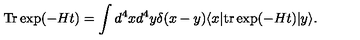
\mathrm { T r } \exp ( - H t ) = \int d ^ { 4 } x d ^ { 4 } y \delta ( x - y ) \langle x | \mathrm { t r } \exp ( - H t ) | y \rangle .